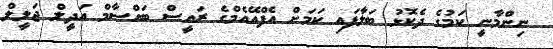
ނިންމާނީ ކަމުގެ ދެކޮޅު ބަލާފައި ކަމަށް އެފްއޭއެމްގެ ރައީސް ބައްސާމް އަދީލް ޖަލީލް